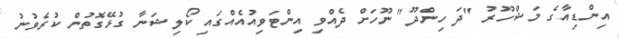
އިންޑިއާގެ މަޝްހޫރު "ދަ ހިންދޫ" ނޫހަށް ދެއްވި އިންޓަވިއުއެއްގައި ކޯލިޝަނާ ގުޅޭގޮތުން ކުރެވުނު